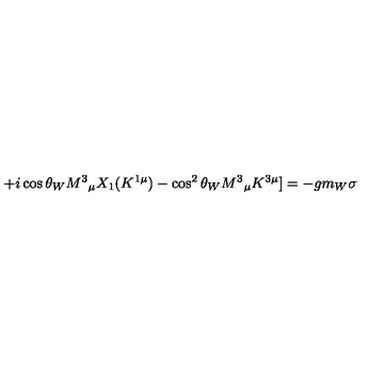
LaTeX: + i \cos \theta _ { W } M ^ { 3 } { } _ { \mu } X _ { 1 } ( K ^ { 1 \mu } ) - \cos ^ { 2 } \theta _ { W } M ^ { 3 } { } _ { \mu } K ^ { 3 \mu } ] = - g m _ { W } \sigma